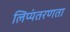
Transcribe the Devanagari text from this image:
लिप्यंतरणता